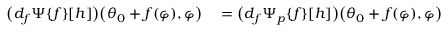
\begin{array} { r l } { \big ( d _ { f } \Psi \{ f \} [ h ] \big ) \big ( \theta _ { 0 } + f ( \varphi ) , \varphi \big ) } & { { } = \big ( d _ { f } \Psi _ { p } \{ f \} [ h ] \big ) \big ( \theta _ { 0 } + f ( \varphi ) , \varphi \big ) } \end{array}